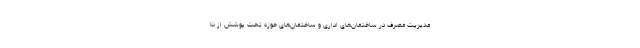
مدیریت مصرف در ساختمان‌های اداری و ساختمان‌های حوزه تحت پوشش از ۱۵